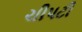
ચીપટી